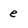
Character: e